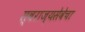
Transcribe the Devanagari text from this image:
स्वराज्यसेवेचा